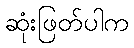
ဆုံးဖြတ်ပါက